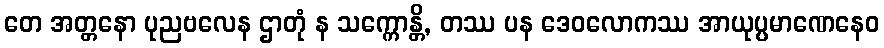
တေ အတ္တနော ပုညဗလေန ဌာတုံ န သက္ကောန္တိ, တဿ ပန ဒေဝလောကဿ အာယုပ္ပမာဏေနေဝ